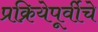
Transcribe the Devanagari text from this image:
प्रक्रियेपूर्वीचे